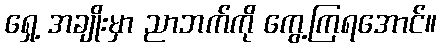
ရှေ့ အချိုးမှာ ညာဘက်ကို ကွေ့ကြရအောင်။